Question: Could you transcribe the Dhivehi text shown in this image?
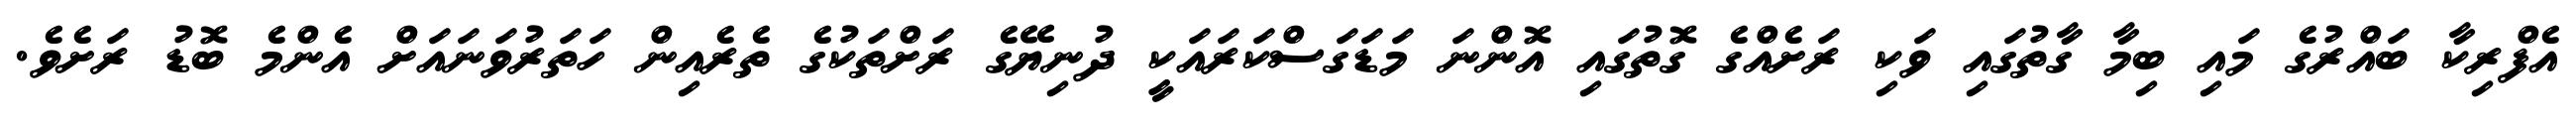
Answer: އެފްރިކާ ބައްރުގެ މައި ބިމާ ގާތުގައި ވަކި ރަށެއްގެ ގޮތުގައި އޮންނަ މަޑަގަސްކަރައަކީ ދުނިޔޭގެ ރަށްތަކުގެ ތެރެއިން ހަތަރުވަނައަށް އެންމެ ބޮޑު ރަށެވެ.